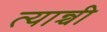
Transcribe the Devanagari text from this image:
त्यान्ची